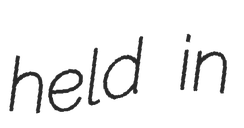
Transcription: held in